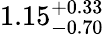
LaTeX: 1.15_{-0.70}^{+0.33}